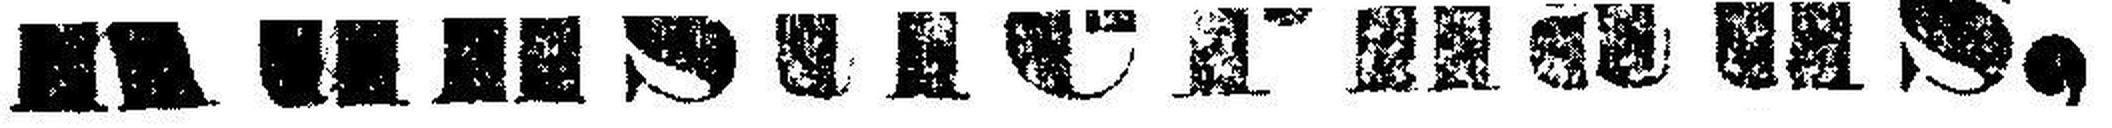
Künstlerhaus,